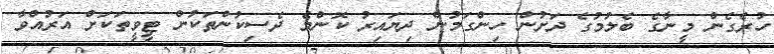
ހުރެގެން މީނާގެ ބެލުމުގެ ދަށުން ހިންގަމުން ދިޔައިރު ކޮންމެ ދެސިކުންތަކުން ޓީވީތަކަށް އަރުއްވާ